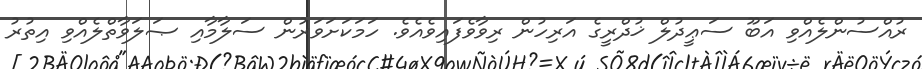
ރުއްސުންލެއްވި އަބޫ ސަޢީދުލް ޚުދްރީގެ އަރިހުން ރިވާވެފައިވެއެވެ. ހަމަކަށަވަރުން ސަލާމާއި ޞަލަވާތްލެއްވި އިތުރު